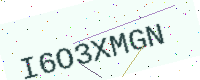
Text: I6O3XMGN